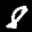
Label: 8